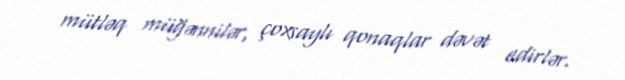
mütləq müğənnilər, çoxsaylı qonaqlar dəvət edirlər.